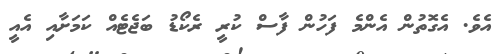
އެވެ. އެގޮތުން އެންމެ ފަހުން ފާސް ކުރީ ރެކޯޑު ބަޖެޓެއް ކަމަށާއި އެއީ